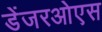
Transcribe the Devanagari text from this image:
डेंजरओएस